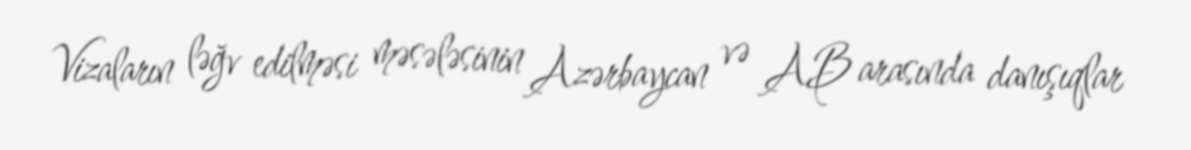
Vizaların ləğv edilməsi məsələsinin Azərbaycan və AB arasında danışıqlar